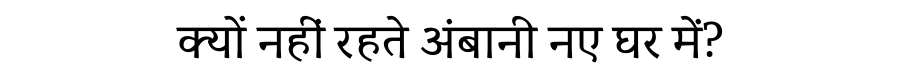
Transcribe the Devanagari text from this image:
क्यों नहीं रहते अंबानी नए घर में?